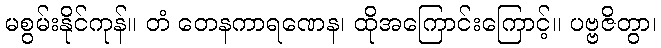
မစွမ်းနိုင်ကုန်။ တံ တေနကာရဏေန၊ ထိုအကြောင်းကြောင့်။ ပဗ္ဗဇိတွာ၊